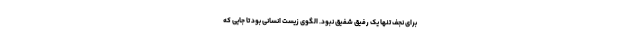
برای نجف تنها یک رفیق شفیق نبود. الگوی زیست انسانی بود تا جایی که